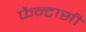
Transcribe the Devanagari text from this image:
फैन्टासी